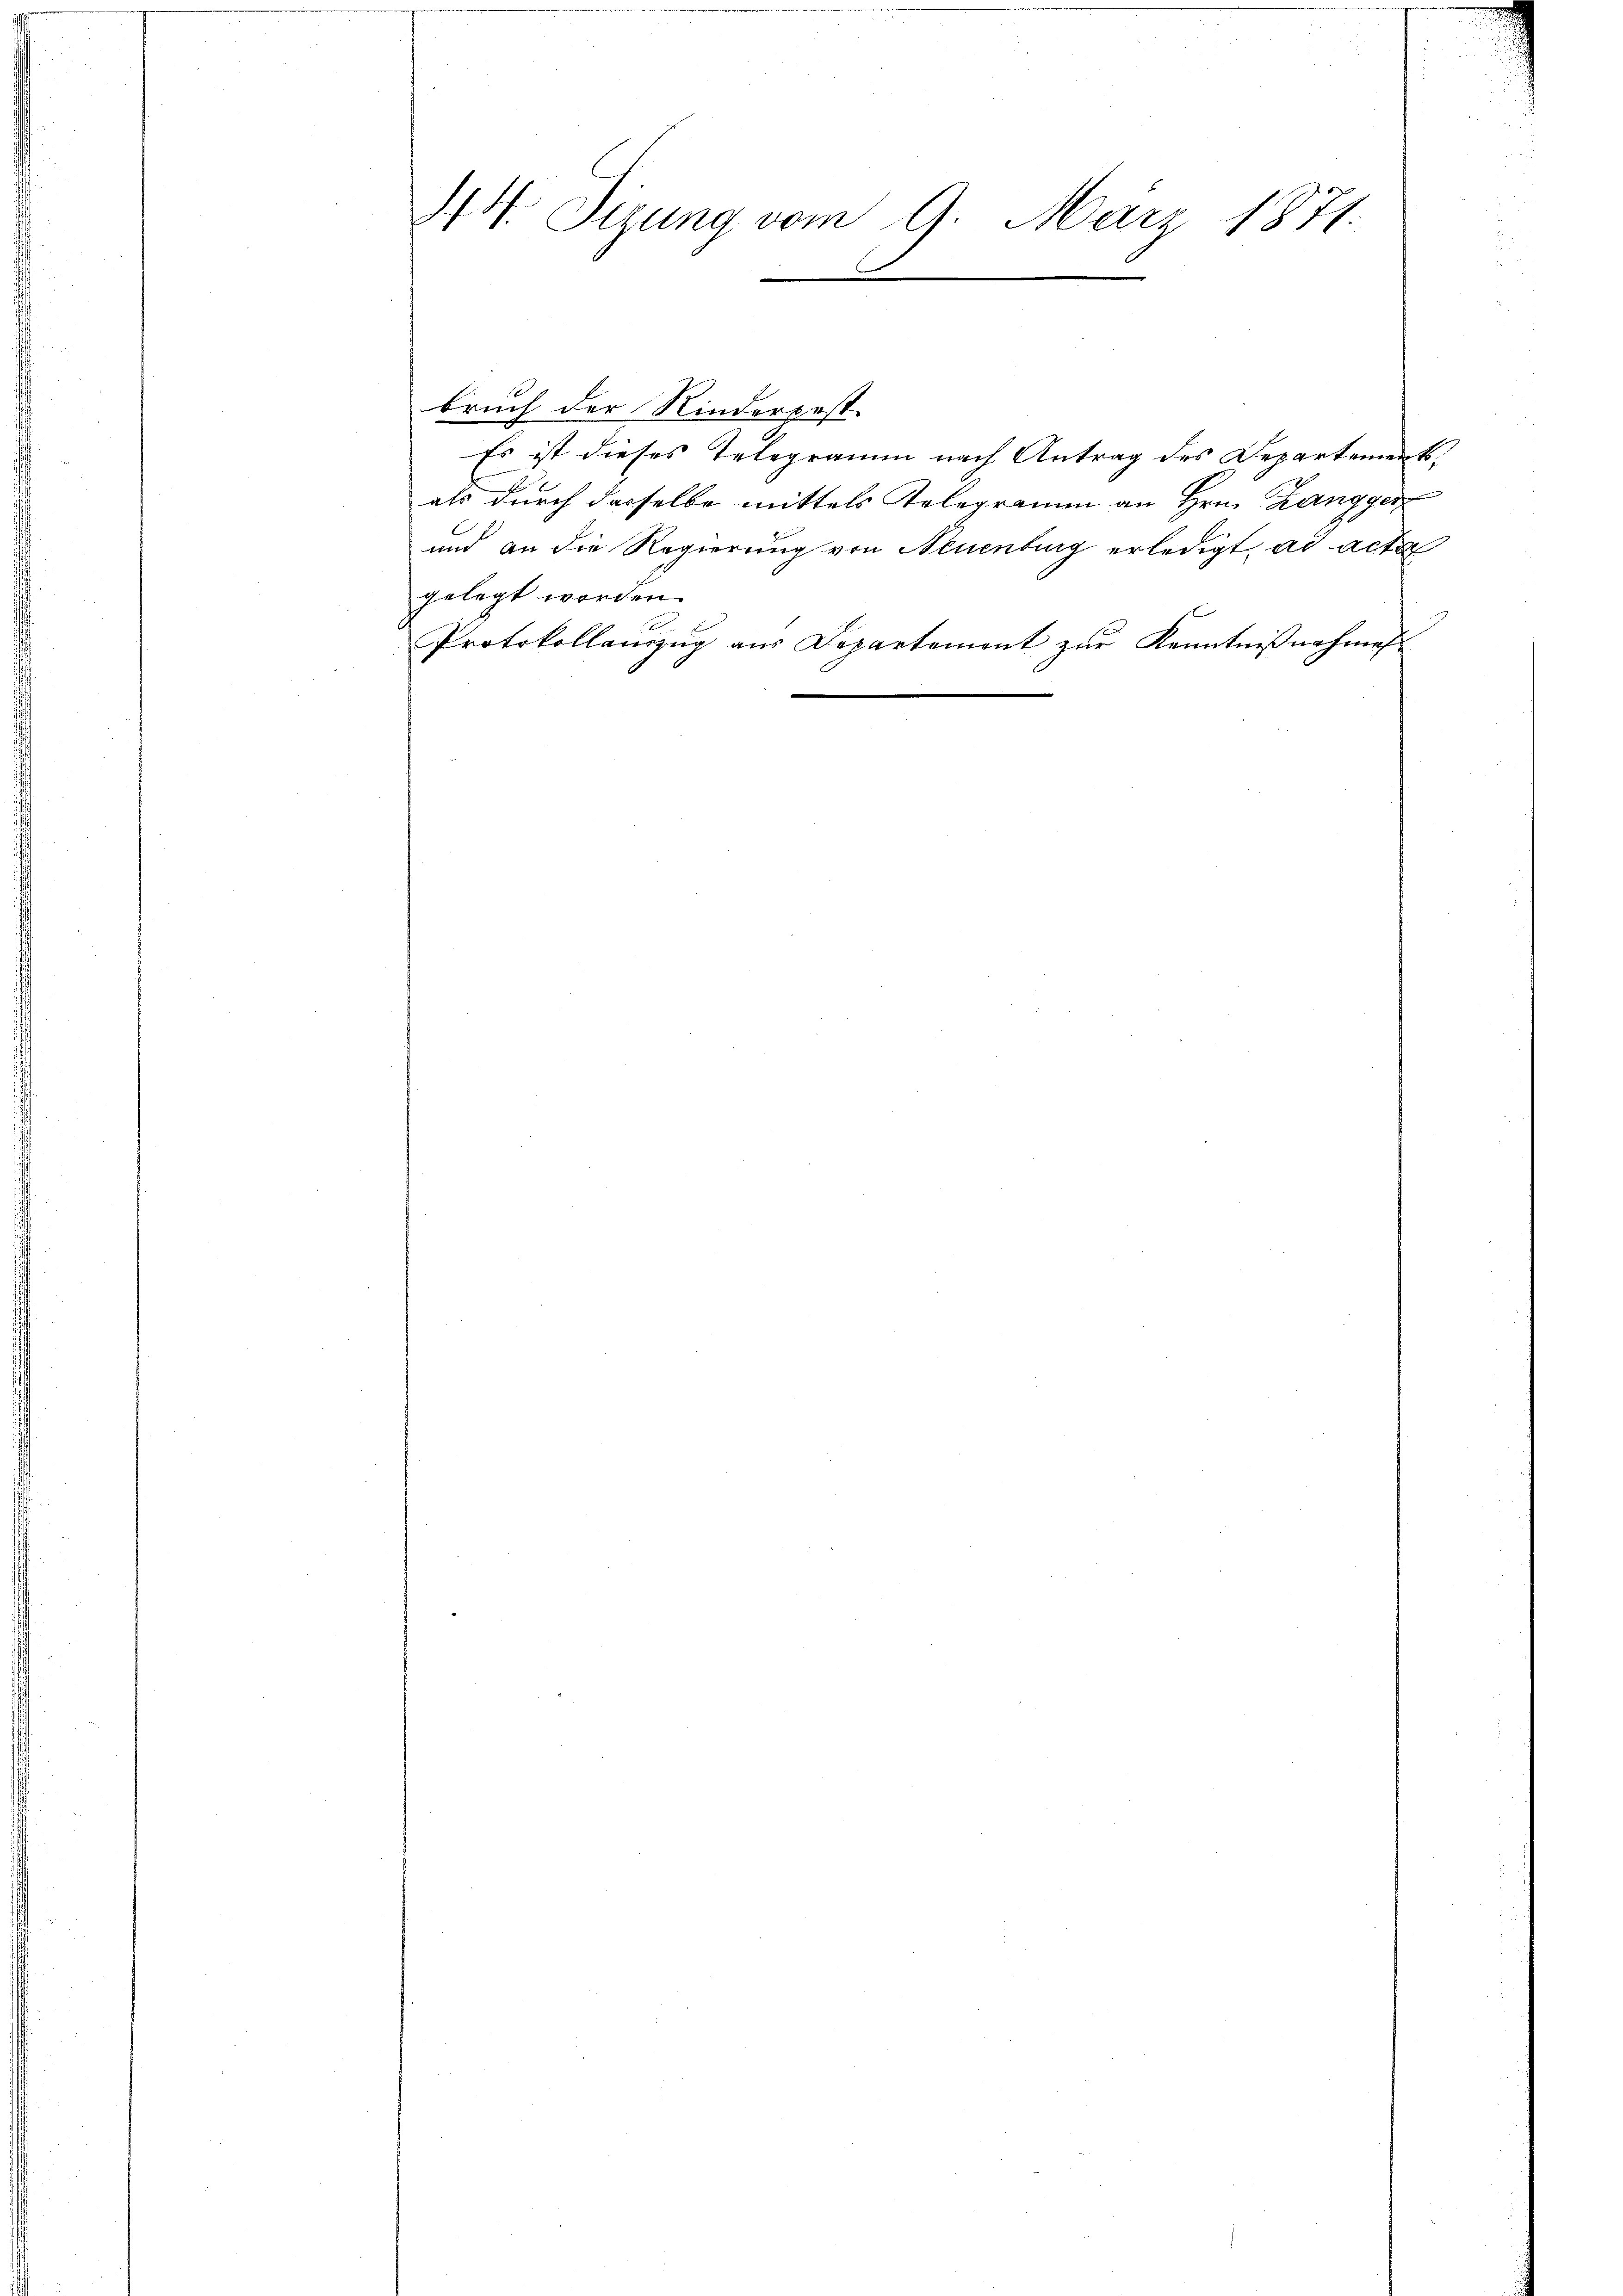
44. Sizung vom 9. März 1871.
F

Es ist dieses Telegramm nach Antrag des Departement,
als durch dasselbe mittels Telegramm an Hrn. Langger
und an die Regierung von Neuenburg erledigt, ad acta
gelegt worden.
Protokollaŭszŭg aŭs Departement zŭr Kenntniβnahme

bruch der Kinderpest

.